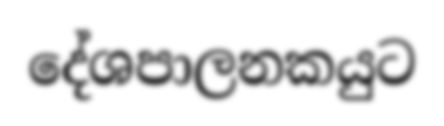
දේශපාලනකයුට